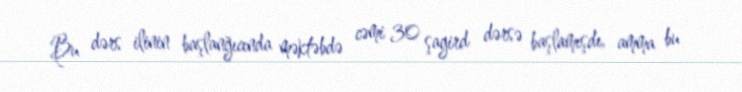
Bu dərs ilinin başlanğıcında məktəbdə cəmi 30 şagird dərsə başlamışdı, amma bu